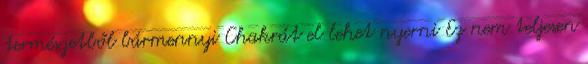
természetből bármennyi Chakrát el lehet nyerni Ez nem teljesen